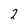
Character: 2